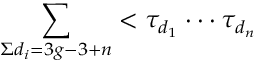
\sum _ { \Sigma d _ { i } = 3 g - 3 + n } < \tau _ { d _ { 1 } } \cdot \cdot \cdot \tau _ { d _ { n } }